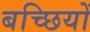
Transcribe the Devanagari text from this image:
बच्छियों